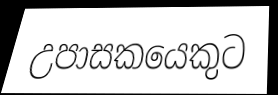
උපාසකයෙකුට